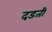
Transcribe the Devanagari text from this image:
दडती